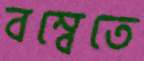
বম্বেতে